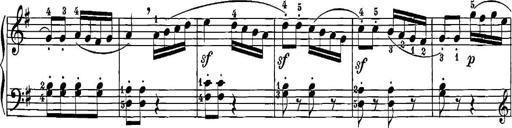
Title: 12 Sonatinas
Composer: Ignaz Pleyel